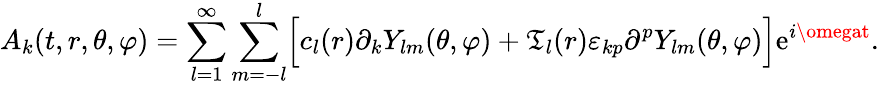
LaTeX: A_{k}(t,r,\theta,\varphi)=\sum_{l=1}^{\infty}\sum_{m=-l}^{l}\Bigr[c_{l}(r)\partial_{k}Y_{lm}(\theta,\varphi)+\mathfrak{T}_{l}(r)\varepsilon_{kp}\partial^{p}Y_{lm}(\theta,\varphi)\Bigr]\mathrm{e}^{i\omegat}.